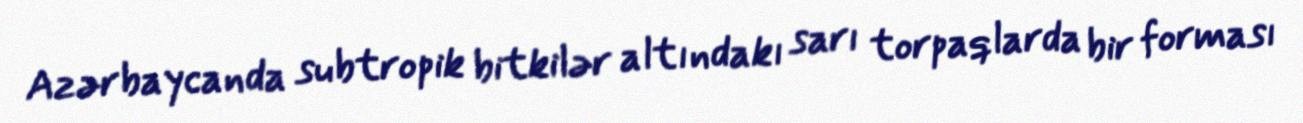
Azərbaycanda subtropik bitkilər altındakı sarı torpaqlarda bir forması